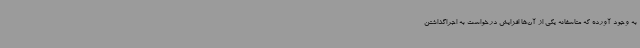
به وجود آورده که متاسفانه یکی از آن‌ها افزایش درخواست به اجراگذاشتن